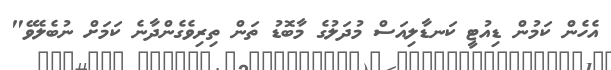
އެހެން ކަމުން ޑިއުޓީ ކަނޑާލިއަސް މުދަލުގެ މާބޮޑު ތަން ތިރިވެގެންދާނެ ކަމަށް ނުބެލެވޭ"